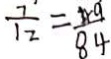
\frac { 7 } { 1 2 } = \frac { 4 9 } { 8 4 }